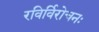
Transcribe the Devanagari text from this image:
रविर्विरोचनः